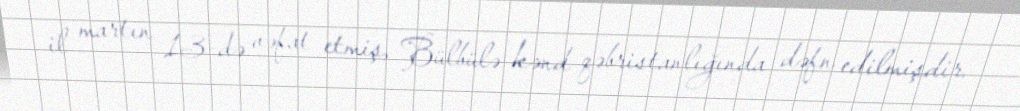
il martın 13-də vəfat etmiş, Bülbülə kənd qəbristanlığında dəfn edilmişdir.